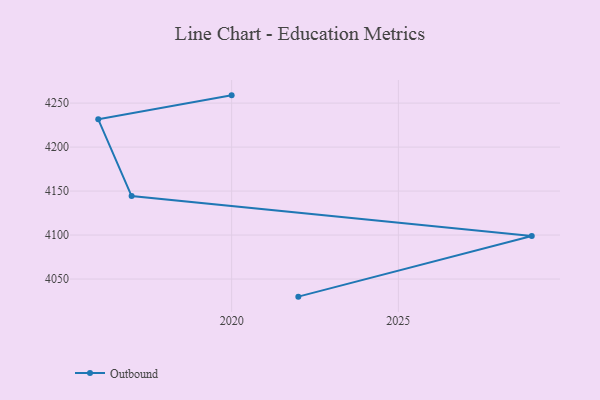
{"axis": {"x": "Year", "y": "Market Share (%)"}, "legend": ["Outbound"], "data": [{"x": "2022", "y": 4030.0, "type": "Outbound"}, {"x": "2029", "y": 4098.9, "type": "Outbound"}, {"x": "2017", "y": 4144.3, "type": "Outbound"}, {"x": "2016", "y": 4231.6, "type": "Outbound"}, {"x": "2020", "y": 4258.8, "type": "Outbound"}]}